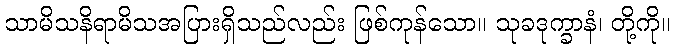
သာမိသနိရာမိသအပြားရှိသည်လည်း ဖြစ်ကုန်သော။ သုခဒုက္ခာနံ၊ တို့ကို။